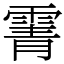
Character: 䨝